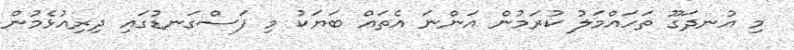
މި އުނދަގޫ ތަހައްމަލު ކުރަމުން އަންނަ އެތައް ބަޔަކު މި ފަސްގަނޑުގައި ދިރިއުޅެމުން